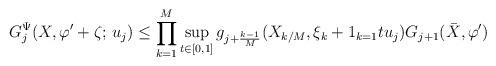
LaTeX: \begin{align*}G_j^{\Psi} (X, \varphi' + \zeta ; \, u_j) \leq \prod_{k=1}^M \sup_{t\in [0,1]} g_{j+ \frac{k-1}{M}} (X_{k/M}, \xi_k + 1_{k=1}t u_j ) G_{j+1} (\bar{X}, \varphi') \end{align*}